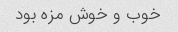
خوب و خوش مزه بود